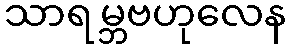
သာရမ္ဘဗဟုလေန